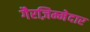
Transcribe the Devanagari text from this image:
गैरज़िम्मेदार